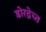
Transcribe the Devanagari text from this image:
डोरद्रेच्त